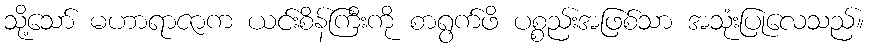
သို့သော် မဟာရာဇာက ယင်းစိန်ကြီးကို စာရွက်ဖိ ပစ္စည်းအဖြစ်သာ အသုံးပြုလေသည်။